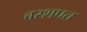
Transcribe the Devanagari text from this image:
बरशपत